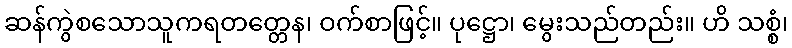
ဆန်ကွဲစသောသူကရတတ္တေန၊ ဝက်စာဖြင့်။ ပုဋ္ဌော၊ မွေးသည်တည်း။ ဟိ သစ္စံ၊